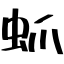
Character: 䖣